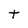
Character: t